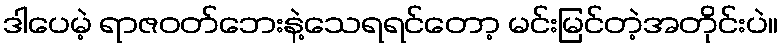
ဒါပေမဲ့ ရာဇဝတ်ဘေးနဲ့သေရရင်တော့ မင်းမြင်တဲ့အတိုင်းပဲ။